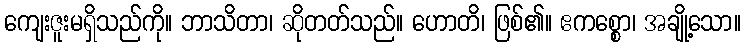
ကျေးဇူးမရှိသည်ကို။ ဘာသိတာ၊ ဆိုတတ်သည်။ ဟောတိ၊ ဖြစ်၏။ ဧကစ္စော၊ အချို့သော။